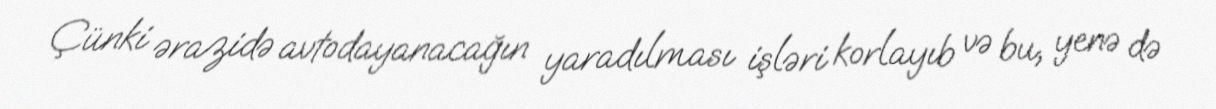
Çünki ərazidə avtodayanacağın yaradılması işləri korlayıb və bu, yenə də